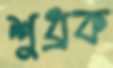
শুধ্‌রক